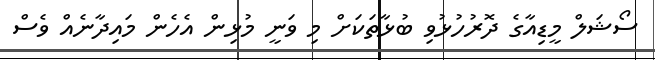
ސޯޝަލް މީޑިއާގެ ދޮރުހުޅުވި ބުޅާތަކަށް މި ވަނީ މުޅިން އެހެން މައިދާނެއް ވެސް